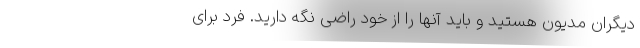
دیگران مدیون هستید و باید آنها را از خود راضی نگه دارید. فرد برای